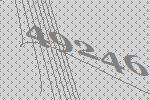
49246